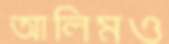
আলিমও